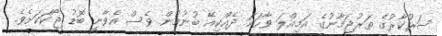
ސަރުކާރުގެ ތަރުޖަމާނުގެ އަމިއްލަ ވާހަކަ ދެއްކިއޭ ބުނުމުން ވެސް އެވާނީ ބޮޑު ޖޯކަކަށެވެ.